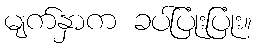
မျက်နှာက ခပ်ပြုံးပြုံး။